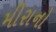
મીરાનો